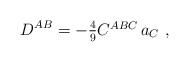
\begin{align*}D^{AB} = -\textstyle{\frac{4}{9}} C^{ABC}\,a_C\ ,\end{align*}